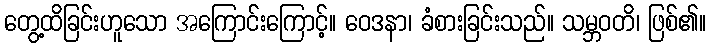
တွေ့ထိခြင်းဟူသော အကြောင်းကြောင့်။ ဝေဒနာ၊ ခံစားခြင်းသည်။ သမ္ဘဝတိ၊ ဖြစ်၏။